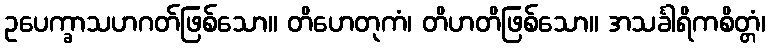
ဥပေက္ခာသဟဂတ်ဖြစ်သော။ တိဟေတုကံ၊ တိဟတိဖြစ်သော။ အသင်္ခါရိကစိတ္တံ၊